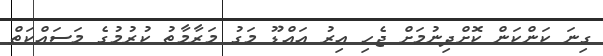
ގިނަ ކަންކަން ކޮށްދިނުމަށް ޖެހި އިރު އައްޑޫ މަގު މަރާމާތު ކުރުމުގެ މަސައްކަތް